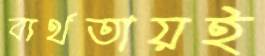
ব্যর্থতায়ই